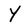
Character: Y